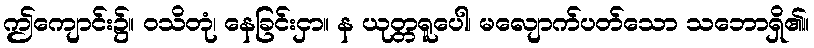
ဤကျောင်း၌။ ဝသိတုံ၊ နေခြင်းငှာ။ န ယုတ္တရူပေါ၊ မလျောက်ပတ်သော သဘောရှိ၏။